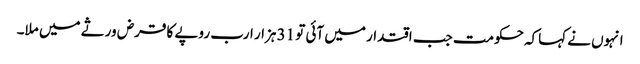
انہوں نے کہاکہ حکومت جب اقتدار میں آئی تو 31 ہزار ارب روپے کا قرض ورثے میں ملا۔